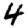
Digit: 4